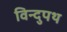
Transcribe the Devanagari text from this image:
विन्दुपथ